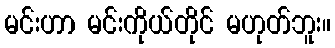
မင်းဟာ မင်းကိုယ်တိုင် မဟုတ်ဘူး။